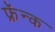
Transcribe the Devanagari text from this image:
फ्रॅन्क